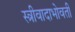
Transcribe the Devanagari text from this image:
स्त्रीवादाभोवती